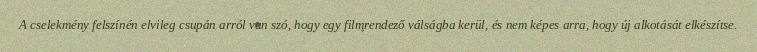
A cselekmény felszínén elvileg csupán arról van szó, hogy egy filmrendező válságba kerül, és nem képes arra, hogy új alkotását elkészítse.